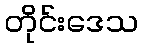
တိုင်းဒေသ